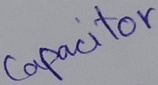
Text: Capacitor